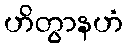
ဟိတွာနဟံ